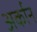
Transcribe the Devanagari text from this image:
अर्कान